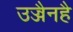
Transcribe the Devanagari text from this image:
उज्जैनहै